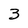
Character: 3